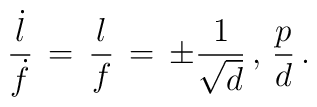
{{\dot l} \over {\dot f}} \, = \, {l \over f} \, = \, \pm {1 \over {\sqrt{d}}} \, , \, {p \over d} \, .